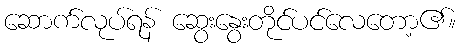
ဆောက်လုပ်ရန် ဆွေးနွေးတိုင်ပင်လေတော့၏။